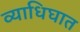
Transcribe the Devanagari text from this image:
व्याधिघात